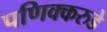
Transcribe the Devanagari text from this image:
पणिक्करुडे